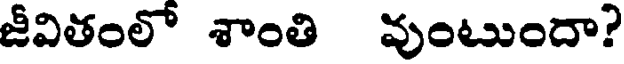
జీవితంలో శాంతి వుంటుందా?